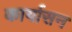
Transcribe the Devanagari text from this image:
कार्यासन